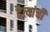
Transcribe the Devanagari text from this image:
दैत्यांची